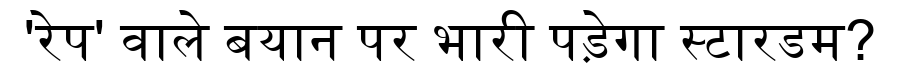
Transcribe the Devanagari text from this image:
'रेप' वाले बयान पर भारी पड़ेगा स्टारडम?